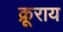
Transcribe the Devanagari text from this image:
क्रूराय